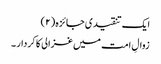
ایک تنقیدی جائزہ (۲)
زوالِ امت میں غزالی کا کردار ۔